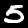
Digit: 5